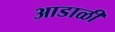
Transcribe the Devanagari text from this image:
आडाळी